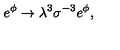
{ e ^ { \phi } \rightarrow { \lambda } ^ { 3 } { \sigma } ^ { - 3 } e ^ { \phi } , }